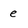
Character: e